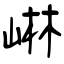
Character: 崊